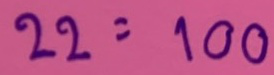
22 = 100